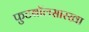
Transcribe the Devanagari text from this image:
फुटबॉलसारखा